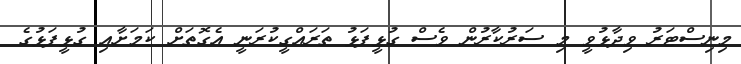
މިނިސްޓަރު ވިދާޅުވީ މި ސަރުކާރުން ވެސް ގުޅީފަޅު ތަރައްގީކުރަނީ އެގޮތަށް ކަމަށާއި ގުޅީފަޅުގެ